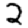
Digit: 2